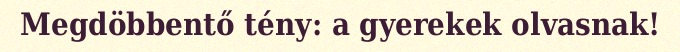
Megdöbbentő tény: a gyerekek olvasnak!